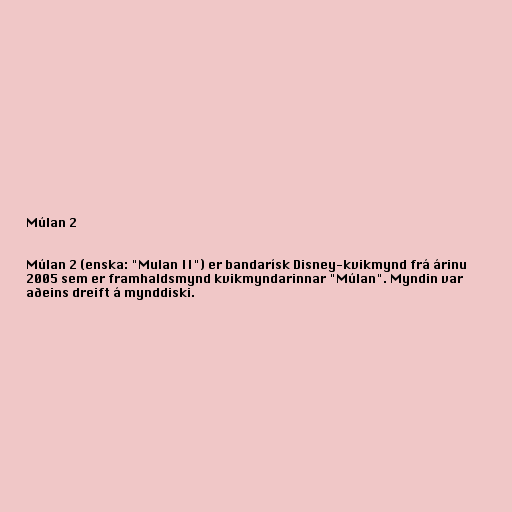
Múlan 2

Múlan 2 (enska: "Mulan II") er bandarísk Disney-kvikmynd frá árinu
2005 sem er framhaldsmynd kvikmyndarinnar "Múlan". Myndin var
aðeins dreift á mynddiski.